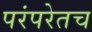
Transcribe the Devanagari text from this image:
परंपरेतच